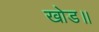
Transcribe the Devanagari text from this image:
खोड॥